Sanitation, dispensaries and jails vaccination Rajputana 1922-1927 - 1922-1927
Year: 1922
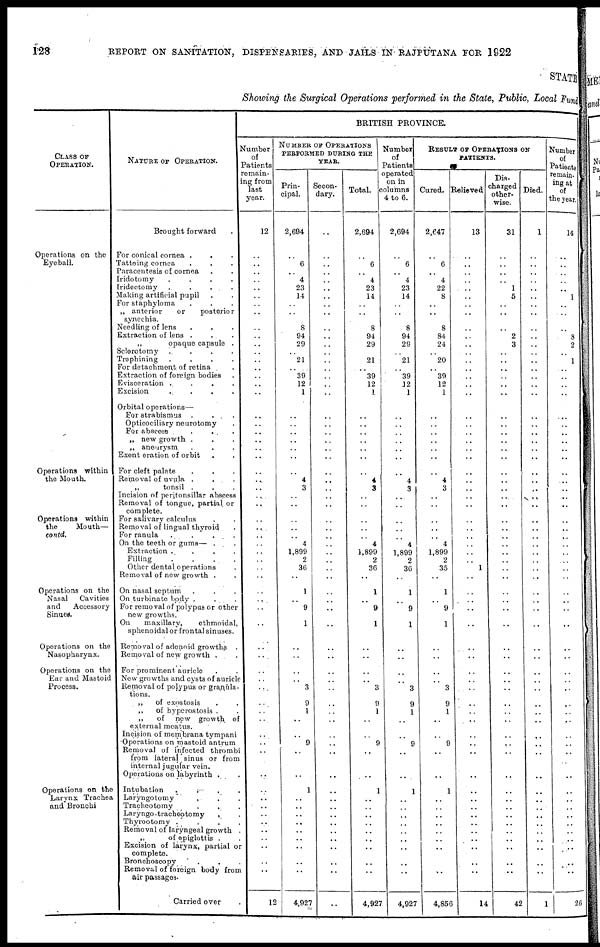
128
REPORT ON SANITATION, DISPENSARIES, AND JAILS IN RAJPUTANA FOR 1922
STATE
Showing the Surgical Operations performed in the State, Public, Local Fund
CLASS OF
OPERATION.
Operations on the
Eyeball.
Operations within
the Mouth.
Operations within
the
Mouth—
conld.
Operations on the
Nasal
Cavities
and
Accessory
Sinues.
Operations on the
Nasopharynx.
Operations on the
Ear and Mastoid
Process.
Operations on the
Larynx Trachea
and Bronchi
NATURE OF OPERATION.
Brought forward .
For conical cornea . . .
Tattoing cornea . . .
Paracentesis of cornea . .
Iridotomy
.
.
.
.
Iridectomy
.
.
.
Making artificial pupil . .
For staphyloma . . .
„ anterior
or
posterior
synechia.
Needling of lens . . .
Extraction of lens . . .
„
opaque capsule .
Sclerotomy
.
.
.
.
Trephining
.
.
.
.
For detachment of retina .
Extraction of foreign bodies
Evisceration
.
.
.
.
Excision . . . .
Orbital operations—
For strabismus . . . .
Opticociliary neurotomy .
For abscess
.
.
.
„ new growth . . .
„ aneurysm . . .
Exent eration of orbit . .
For cleft palate . . .
Removal of uvula . . .
„ tonsil . . .
Incision of peritonsillar abscess
Removal of tongue, partial or
complete.
For salivary calculus . .
Removal of lingual thyroid .
For ranula . . ..
On the teeth or gums— . .
Extraction
.
.
.
.
Filling . . . .
Other dental operations .
Removal of new growth . .
On nasal septum . . .
On turbinate body . . .
For removal of polypus or other
new growths.
On
maxillary,
ethmoidal,
sphenoidal or frontal sinuses.
Removal of adenoid growths .
Removal of new growth . .
For prominent, auricle . .
New growths and cysts of auricle
Removal of polypus or granula-
tions.
„
of exnstosis . .
„
of hyperostosis . .
„
of new growth of
external meatus.
Incision of membrana tympani
Operations on mastoid antrum
Removal of infected thrombi
from lateral sinus or from
internal jugular vein.
Operations on labyrinth . .
Intubation
.
.
.
.
Laryngotomy . . .
Tracheotomy . . .
Laryngo-tracheotomy . .
Thyrootomy . . . .
Removal of laryngeal growth .
„
of epiglottis . .
Excision of larynx, partial or
complete.
Bronchoscopy .
Removal of foreign body from
air passages.
Carried over .
BRITISH PROVINCE.
Number
of
Patients
remain-
ing from
last
year.
12
..
..
..
..
..
..
..
..
..
..
..
..
..
..
..
..
..
..
..
..
..
..
..
..
..
..
..
..
..
..
..
..
..
..
..
..
..
..
..
..
..
..
..
..
..
..
..
..
..
..
..
..
..
..
..
..
..
..
..
..
..
..
..
..
12
NUMBER OF OPERATIONS
PERFORMED DURING THE
YEAR.
Prin-
cipal.
2,694
..
6
..
4
23
14
..
..
8
94
29
..
21
..
39
12
1
..
..
..
..
..
..
..
..
4
3
..
..
..
..
..
4
1,899
2
36
..
1
..
9
..
1
..
..
..
..
3
9
1
..
..
9
..
..
1
..
..
.. ..
..
..
..
..
..
4,927
Secon-
dary.
..
..
..
..
..
..
..
..
..
..
..
..
..
..
..
..
..
..
..
..
..
..
..
..
..
..
..
..
..
..
..
..
..
..
..
..
..
..
..
..
..
..
..
..
..
..
..
..
..
..
..
..
..
..
..
..
..
..
..
..
..
..
..
..
..
..
Total.
2,694
..
6
..
4
23
14
..
..
8
94
29
..
21
..
39
12
1
..
..
..
..
..
..
..
..
4
3
..
..
..
..
..
4
1,899
2
36
..
1
..
9
..
1
..
..
..
..
3
9
1
..
..
9
..
..
1
..
..
..
..
..
..
..
..
..
4,927
Number
of
Patients
operated
on in
columns
4 to 6.
2,694
..
6
..
4
23
14
..
..
8
94
29
..
21
..
39
12
1
..
..
..
..
..
..
..
..
4
3
..
..
..
..
..
4
1,899
2
36
..
1
..
9
..
1
..
..
..
..
3
9
1
..
..
9
..
..
1
..
..
..
..
..
..
..
..
..
4,927
RESULT OR OPERATIONS ON
PATIENTS.
Cured.
2,647
..
6
..
4
22
8
..
..
8
84
24
..
20
..
39
12
1
..
..
..
..
..
..
..
..
4
3
..
..
..
..
..
4
1,899
2
35
..
1
..
9
..
1
..
..
..
..
3
9
1
..
..
9
..
..
1
..
..
..
..
..
..
..
..
..
4,856
Relieved
13
..
..
..
..
..
..
..
..
..
..
..
..
..
..
..
..
..
..
..
..
..
..
..
..
..
..
..
..
..
..
..
..
..
..
..
1
..
..
..
..
..
..
..
..
..
..
..
..
..
..
..
..
..
..
..
..
..
..
..
..
..
..
..
..
14
Dis-
charged
other-
wise.
31
..
..
..
..
1
5
..
..
..
2
3
..
..
..
..
..
..
..
..
..
..
..
..
..
..
..
..
..
..
..
..
..
..
..
..
..
..
..
..
..
..
..
..
..
..
..
..
..
..
..
..
..
..
..
..
..
..
..
..
..
..
..
..
..
42
Died.
1
..
..
..
..
..
..
..
..
..
..
..
..
..
..
..
..
..
..
..
..
..
..
..
..
..
..
..
..
..
..
..
..
..
..
..
..
..
..
..
..
..
..
..
..
..
..
..
..
..
..
..
..
..
..
..
..
..
..
..
..
..
..
..
..
1
Number
of
Patients
remain-
ing at
of
the year.
14
..
..
..
..
..
1
..
..
..
8
2
..
1
..
..
..
..
..
..
..
..
..
..
..
..
..
..
..
..
..
..
..
..
..
..
..
..
..
..
..
..
..
..
..
..
..
..
..
..
..
..
..
..
..
..
..
..
..
..
..
..
..
..
..
26